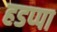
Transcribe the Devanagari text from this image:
हडप्‍पा